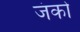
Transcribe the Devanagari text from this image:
जंको